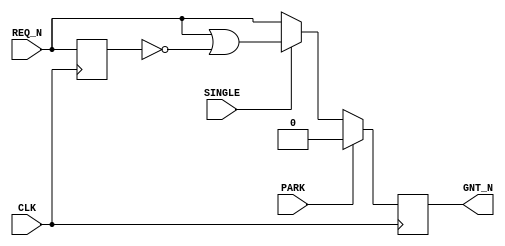
`timescale 1ns / 1ps

/***********************************************************************
 
  File:   dumb_arbiter.v
  Rev:    3.1.166

  This is a functional simulation model for a simple arbiter.  This
  is not synthesizable.  This file is only for simulation.

  Copyright (c) 2005-2008 Xilinx, Inc.  All rights reserved.

***********************************************************************/


module dumb_arbiter (
                REQ_N, 
                GNT_N,
                SINGLE,
                PARK,
                CLK
                );

  input         REQ_N;
  output        GNT_N;
  input         SINGLE;
  input         PARK;
  input         CLK;


  parameter     TGNT = 5;


  reg           req_n_delayed;
  reg           grant_n;
  wire          one_shot;

  initial req_n_delayed = 1'b1;
  always @(posedge CLK) req_n_delayed = REQ_N;

  assign #TGNT one_shot = REQ_N | !req_n_delayed;

  initial grant_n = 1'b1;
  always @(posedge CLK)
  begin
    if (PARK) grant_n = 1'b0;
    else if (SINGLE) grant_n = one_shot;
    else grant_n = REQ_N;
  end

  assign #TGNT GNT_N = grant_n;


endmodule